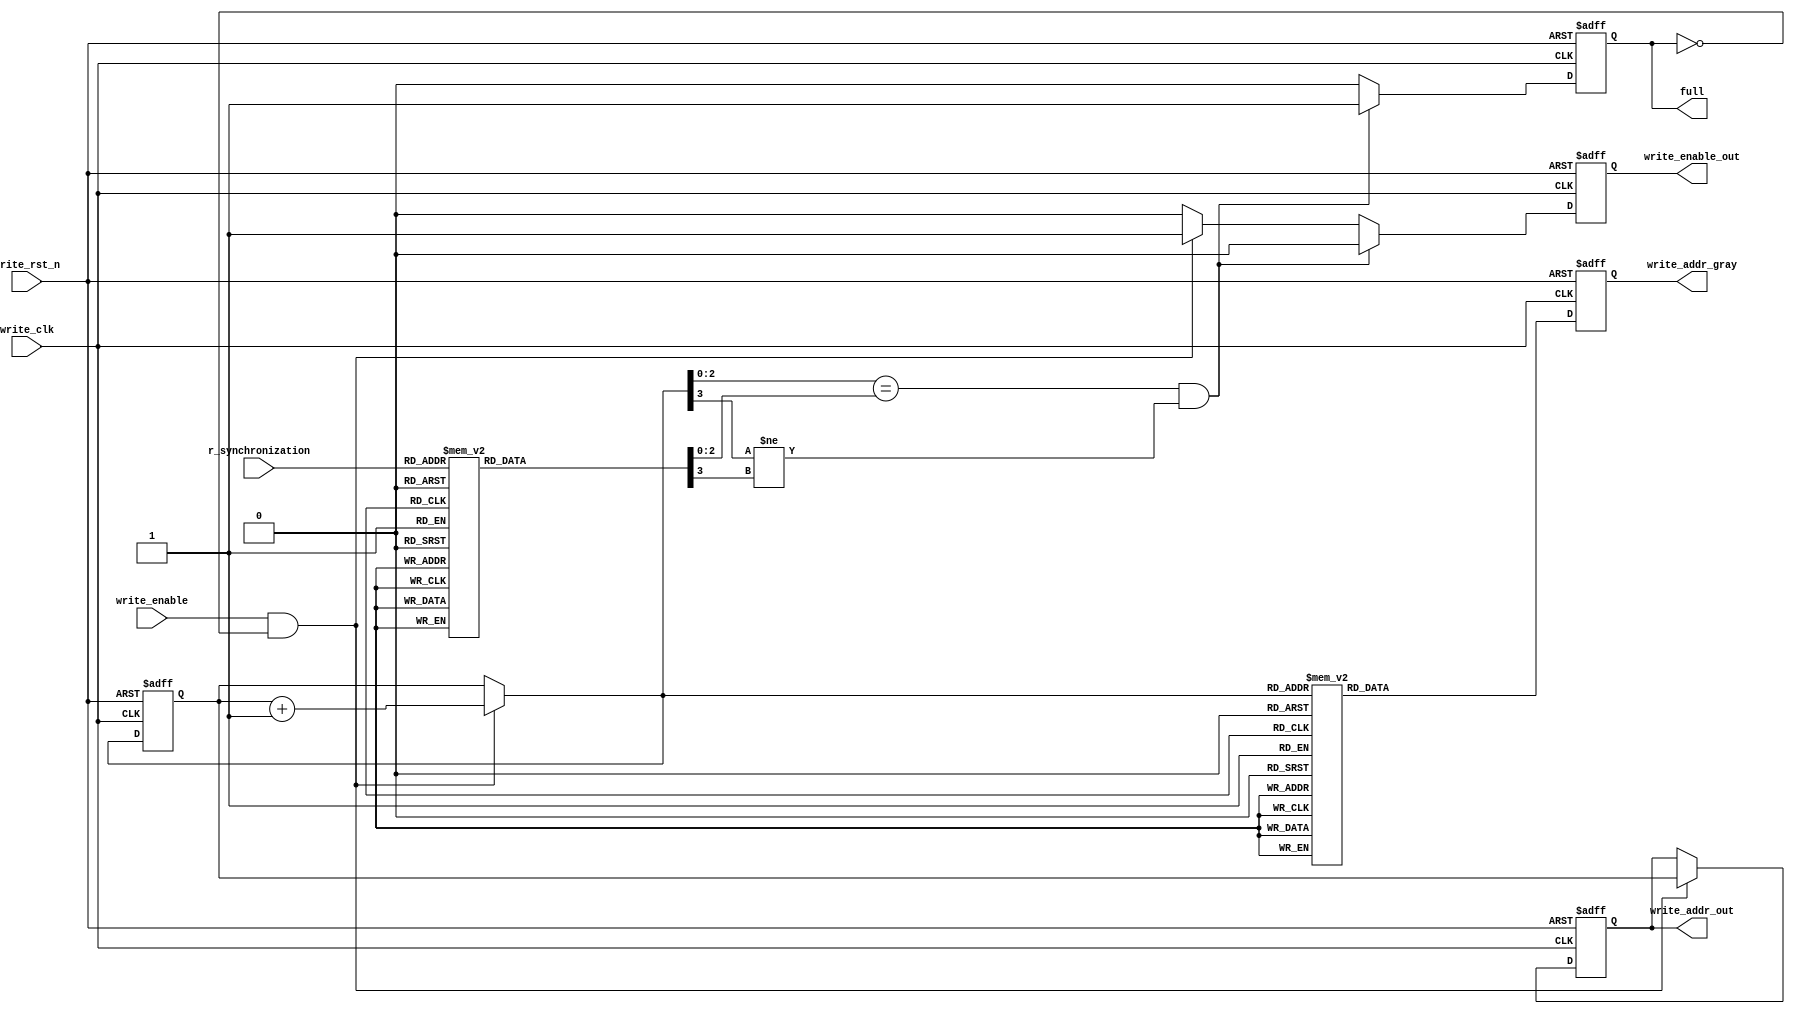
`timescale 1ns/1ps

////////////////////////////////////////////////////////////////////////////
//
// Munya Kaudani
// CDC FIFO write control logic
//
////////////////////////////////////////////////////////////////////////////

module write_control_logic(
			   input wire	    write_clk,
			   input wire	    write_rst_n,
			   input wire	    write_enable,
			   input wire [3:0] r_synchronization,
			   output reg	    full,
			   output reg [3:0] write_addr_out,
			   output reg	    write_enable_out,
			   output reg [3:0] write_addr_gray
			   );

   //internal registers
   reg [3:0]			      write_pointer;
   
   //internal combinational variables
   reg [3:0]			      write_pointer_next;
   reg				      full_next;
   reg [3:0]			      write_addr_gray_next;
   reg [3:0]			      write_addr_next;
   reg				      write_enable_out_next;

   reg [3:0]			      read_pointer_next;

   //sequential logic
   always @(posedge write_clk or negedge write_rst_n)
     begin
	if(write_rst_n == 1'b0)begin
	   write_pointer <= 4'b0000;
	   full <= 1'b0;
	   write_enable_out <= 1'b0;
	   write_addr_out <= 4'b0000;
	   write_addr_gray <= 4'b0000;
	end else begin
	   write_pointer <= write_pointer_next;
	   full <= full_next;
	   write_enable_out <= write_enable_out_next;
	   write_addr_gray <= write_addr_gray_next;
	   write_addr_out <= write_addr_next;
	end
     end

   //combinational logic
   always @(*)
     begin
	
	write_pointer_next = write_pointer;
	full_next = full;
	write_enable_out_next = write_enable_out;
	write_addr_gray_next = write_addr_gray;
	write_addr_next = write_addr_out;

	if( (write_enable == 1'b1) & (full == 1'b0) )begin
	   write_addr_next = write_pointer;
	   write_enable_out_next = 1'b1;
	   write_pointer_next = write_pointer + 1'b1;
	end else begin
	   write_enable_out_next = 1'b0;
	end

	case(write_pointer_next)
	  4'b0000: write_addr_gray_next = 4'b0000;
	  4'b0001: write_addr_gray_next = 4'b0001;
	  4'b0010: write_addr_gray_next = 4'b0011;
	  4'b0011: write_addr_gray_next = 4'b0010;
	  4'b0100: write_addr_gray_next = 4'b0110;
	  4'b0101: write_addr_gray_next = 4'b0111;
	  4'b0110: write_addr_gray_next = 4'b0101;
	  4'b0111: write_addr_gray_next = 4'b0100;
	  4'b1000: write_addr_gray_next = 4'b1100;
	  default: write_addr_gray_next = 4'b0000;
	endcase // case (write_pointer_next)

	case(r_synchronization)
	  4'b0000: read_pointer_next = 4'b0000;
	  4'b0001: read_pointer_next = 4'b0001;
	  4'b0011: read_pointer_next = 4'b0010;
	  4'b0010: read_pointer_next = 4'b0011;
	  4'b0110: read_pointer_next = 4'b0100;
	  4'b0111: read_pointer_next = 4'b0101;
	  4'b0101: read_pointer_next = 4'b0110;
	  4'b0100: read_pointer_next = 4'b0111;
	  4'b1100: read_pointer_next = 4'b1000;
	  default: read_pointer_next = 4'b0000;
	endcase // case (synchronization)

	if ( (write_pointer_next[2:0] == read_pointer_next[2:0]) && (write_pointer_next[3] != read_pointer_next[3]) ) begin
	   full_next = 1'b1;
	   write_enable_out_next = 1'b0;
	end else begin
	   full_next = 1'b0;
	end
	  
     end // always @ (*)

endmodule // write_control_logic